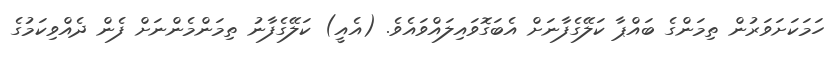
ހަމަކަށަވަރުން ތިމަންގެ ބައްޕާ ކަލޭގެފާނަށް އެބަގޮވައިލައްވައެވެ. (އެއީ) ކަލޭގެފާނު ތިމަންމެންނަށް ފެން ދެއްވިކަމުގެ